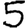
Digit: 5